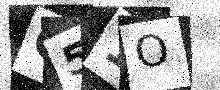
Text: O51O